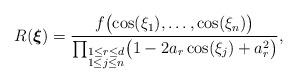
LaTeX: \begin{align*}R(\boldsymbol{\xi}) = \frac{f\bigl(\cos (\xi_1),\ldots ,\cos(\xi_n)\bigr)}{\prod_{\substack{1\leq r\leq d\\ 1\leq j\leq n}} \bigl(1-2a_r\cos (\xi_j )+a_r^2\bigr)} ,\end{align*}